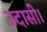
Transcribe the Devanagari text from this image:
उदासी।